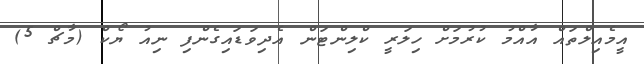
އީމެއިލްތައް އާއްމު ކުރުމަށް ހިލަރީ ކްލިންޓަން އެދިވަޑައިގެންފި ނިއު ޔޯކް (މާޗް 5)